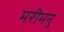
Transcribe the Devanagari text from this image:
मरीमनु